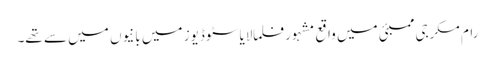
رام مکرجی ممبئی میں واقع مشہور فلمالایا سٹوڈیوز میں بانیوں میں سے تھے۔